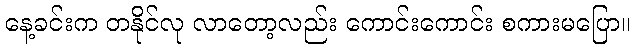
နေ့ခင်းက တနိုင်လု လာတော့လည်း ကောင်းကောင်း စကားမပြော။